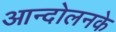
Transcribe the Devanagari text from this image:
आन्दोलनके